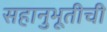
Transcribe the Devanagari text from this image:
सहानुभूतीची